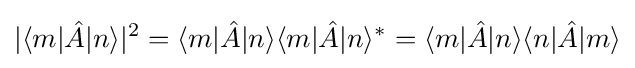
|\langle m|{\hat {A}}|n\rangle |^{2}=\langle m|{\hat {A}}|n\rangle \langle m|{\hat {A}}|n\rangle ^{\ast }=\langle m|{\hat {A}}|n\rangle \langle n|{\hat {A}}|m\rangle